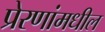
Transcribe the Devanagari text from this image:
प्रेरणांमधील